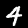
Digit: 4